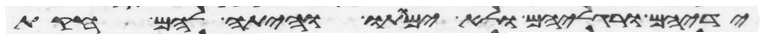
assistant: ידיהם ורגליהם ולא ימותו והיתה להם חקות